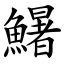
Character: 鱪